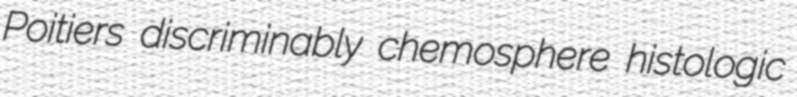
Poitiers discriminably chemosphere histologic